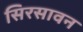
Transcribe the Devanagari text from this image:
सिरसावन